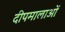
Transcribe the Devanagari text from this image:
दीपमालाओं